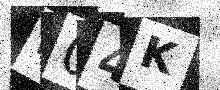
Text: H04K